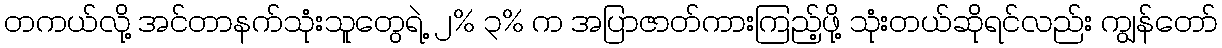
တကယ်လို့ အင်တာနက်သုံးသူတွေရဲ့ ၂% ၃% က အပြာဇာတ်ကားကြည့်ဖို့ သုံးတယ်ဆိုရင်လည်း ကျွန်တော်